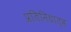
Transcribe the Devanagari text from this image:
प्रतिनिधात्व